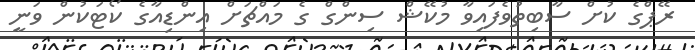
ރޭޕްގެ ކުށް ސާބިތުވެފައިވާ މުކޭޝް ސިންގް ގެ މައްޗަށް އިންޑިއާގެ ކޯޓަކުން ވަނީ